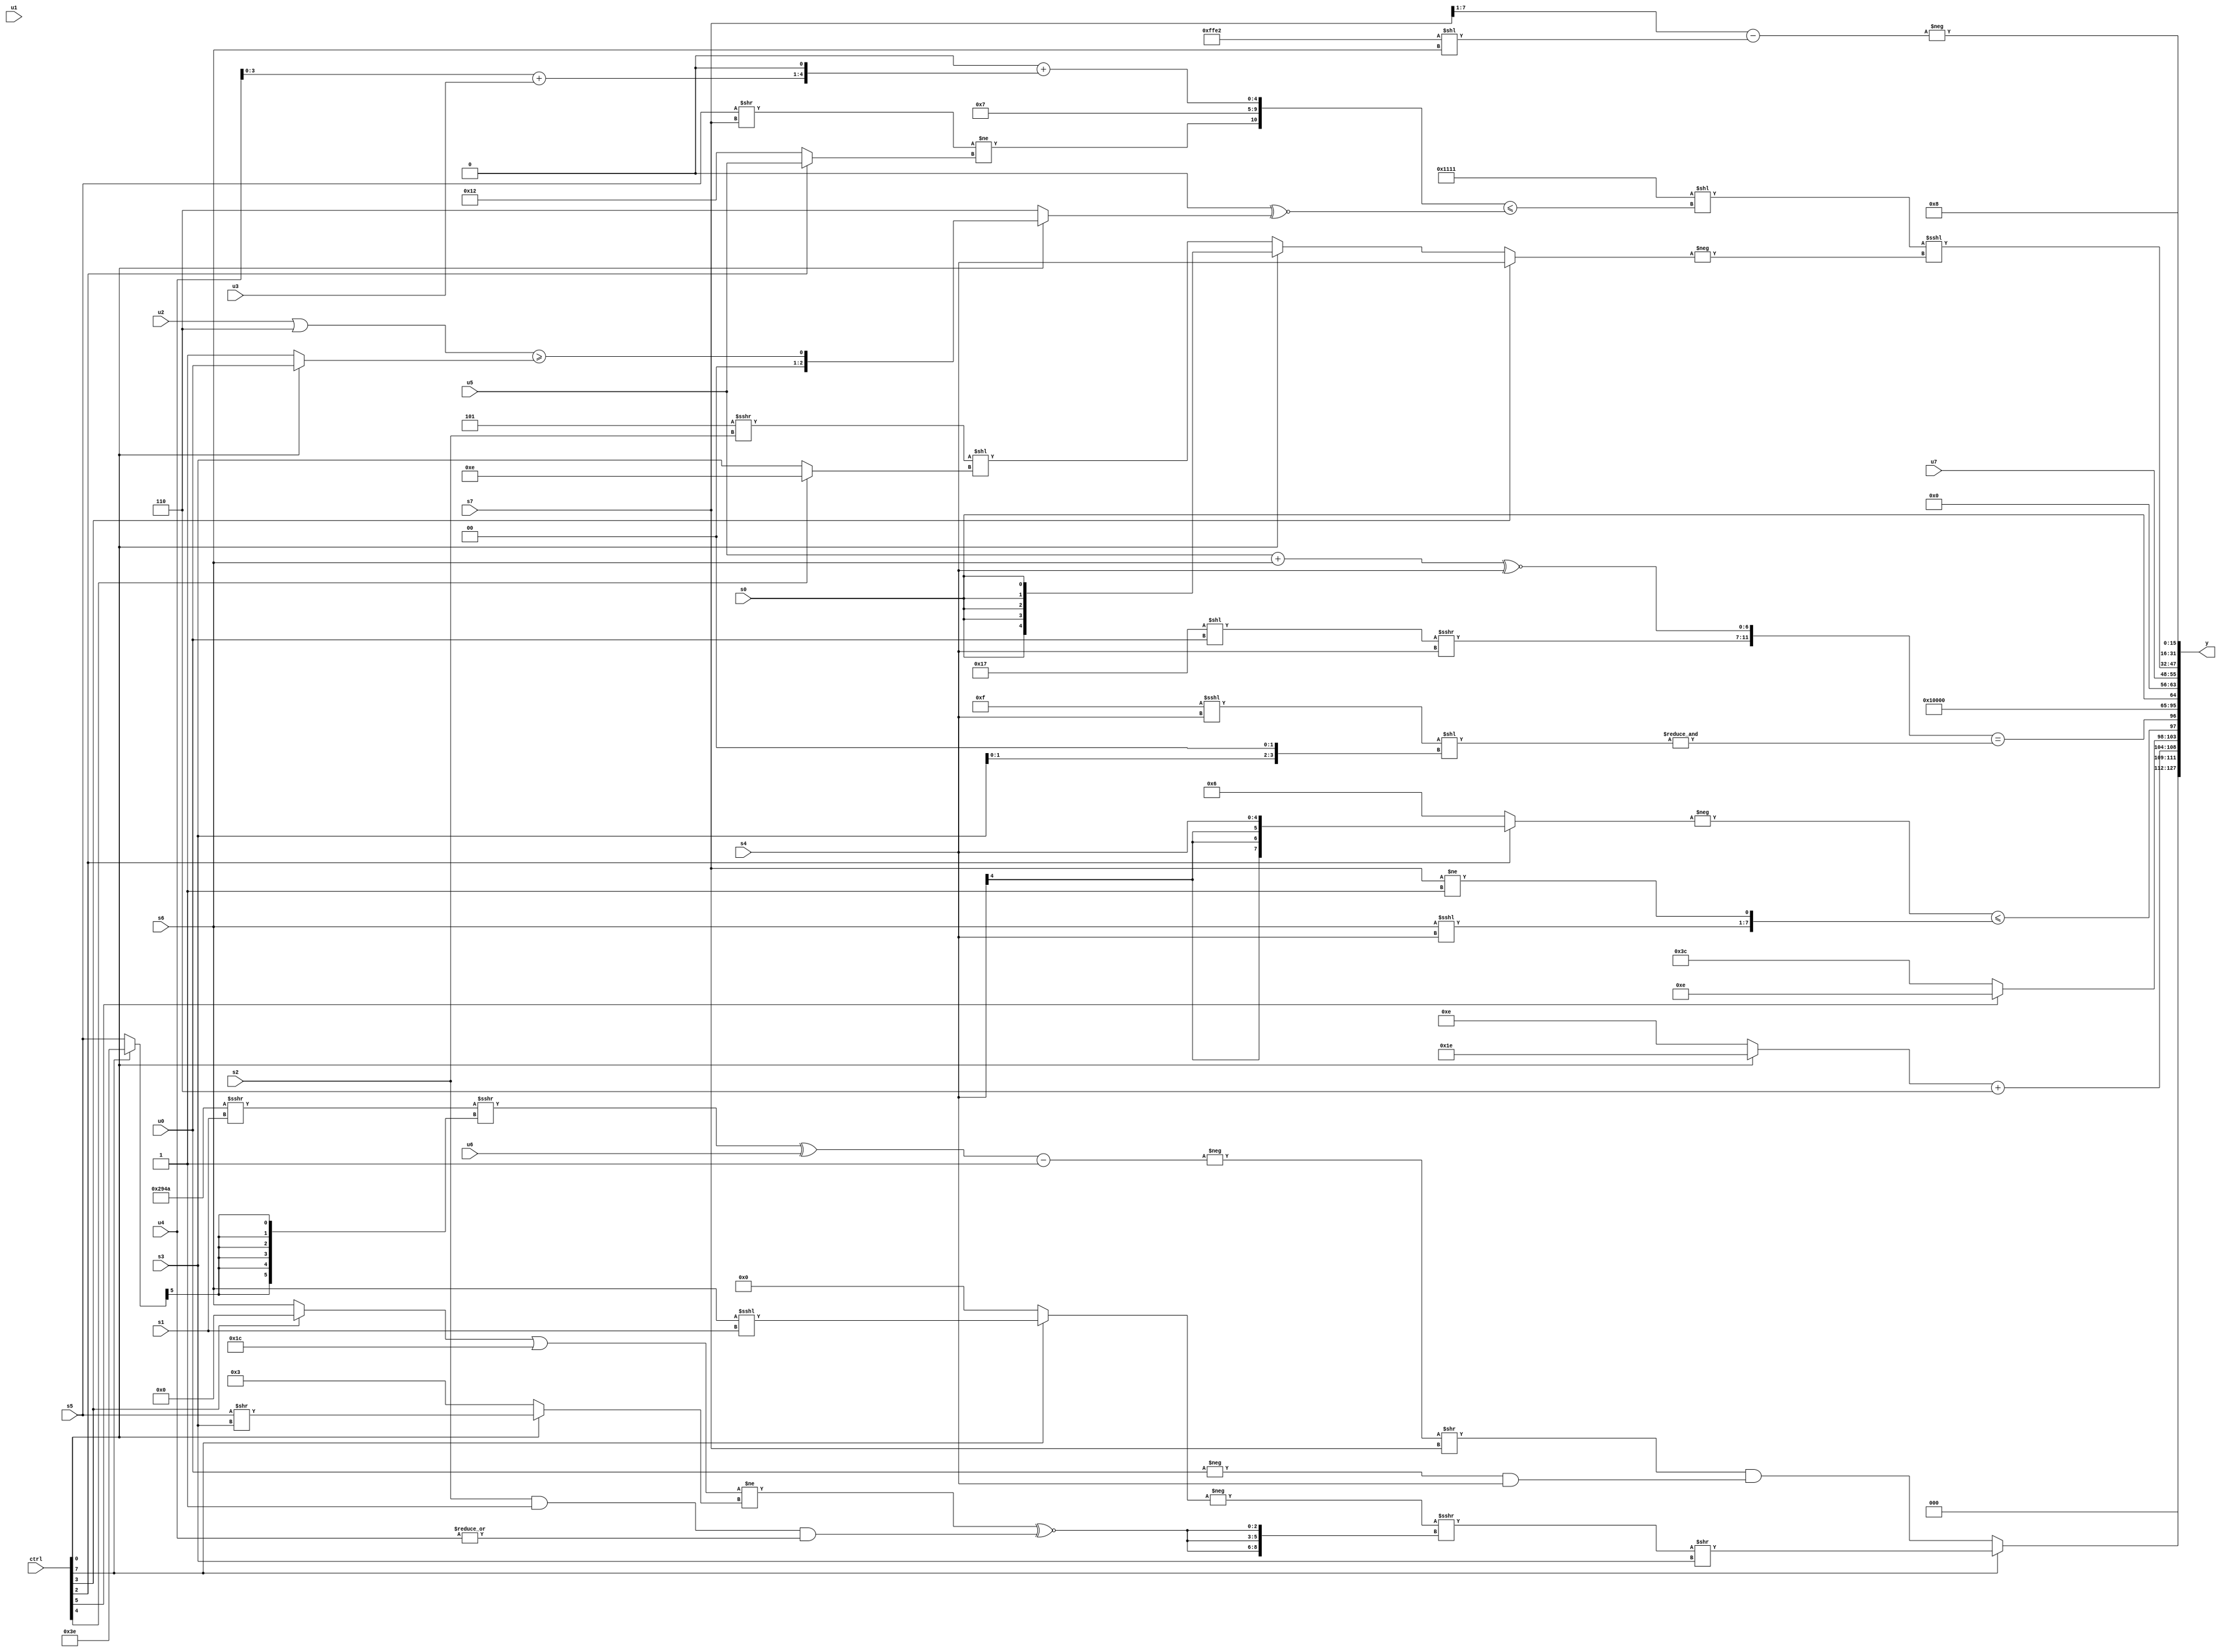
module wideexpr_00380(ctrl, u0, u1, u2, u3, u4, u5, u6, u7, s0, s1, s2, s3, s4, s5, s6, s7, y);
  input [7:0] ctrl;
  input [0:0] u0;
  input [1:0] u1;
  input [2:0] u2;
  input [3:0] u3;
  input [4:0] u4;
  input [5:0] u5;
  input [6:0] u6;
  input [7:0] u7;
  input signed [0:0] s0;
  input signed [1:0] s1;
  input signed [2:0] s2;
  input signed [3:0] s3;
  input signed [4:0] s4;
  input signed [5:0] s5;
  input signed [6:0] s6;
  input signed [7:0] s7;
  output [127:0] y;
  wire [15:0] y0;
  wire [15:0] y1;
  wire [15:0] y2;
  wire [15:0] y3;
  wire [15:0] y4;
  wire [15:0] y5;
  wire [15:0] y6;
  wire [15:0] y7;
  assign y = {y0,y1,y2,y3,y4,y5,y6,y7};
  assign y0 = (ctrl[7]?((-((ctrl[7]?(+(s6))<<<(s1):-((1'sb0)&((5'sb00111)^~(5'sb01100))))))>>>({3{($signed((((ctrl[3]?2'sb00:s6))|((5'sb01111)^~(6'sb101100)))!=((ctrl[0]?(s5)>>(s3):$signed(6'sb000011)))))^~(({({s2})&((2'sb10)!=(6'sb100001))})&(|(u4)))}}))>>(s3):((-((((({3{5'sb01010}})>>>(+(s1)))>>>(((ctrl[7]?2'sb10:s5))>>>(6'sb100100)))^(+(u6)))-($signed(1'sb1))))>>(s7))&(+((-(u0))&(s4))));
  assign y1 = {$signed(((ctrl[0]?-(5'sb00010):4'sb1110))+(+((3'sb110)|(3'b100)))),(ctrl[5]?6'sb001110:+(3'sb100)),(-((ctrl[2]?(s4)>>(3'sb000):$signed(5'b00110))))<=($signed({(s6)<<<(s4),(s7)!=(2'b01)})),({((5'sb10111)<<(u0))>>>(s4),((u5)+(s6))^~($unsigned(s4))})==(&(((5'sb01111)<<<(s4))<<((s3)<<<(2'sb10))))};
  assign y2 = 2'b10;
  assign y3 = {1{s0}};
  assign y4 = u7;
  assign y5 = (({4{4'sb0001}})<<(({($signed((s5)>>(s7)))!=(+((ctrl[2]?u5:5'sb10010))),-(5'sb11001),((4'sb1111)>=(-(5'sb11110)))+(((u4)+(u3))<<<(3'sb001))})<=(($unsigned($signed($signed(1'b0))))^~((ctrl[0]?((u2)|(4'b0110))>=((ctrl[0]?u0:2'sb01)):6'sb000110)))))<<<(-((ctrl[3]?s4:(ctrl[0]?(ctrl[0]?s0:$signed($signed(s1))):((5'sb11101)>>>({1{s2}}))<<($signed((ctrl[4]?3'sb110:s3)))))));
  assign y6 = -(((s7)>>>(~&(3'sb001)))-(+((-(5'b11110))<<($signed(s6)))));
  assign y7 = 5'b01000;
endmodule